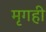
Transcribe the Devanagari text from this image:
मृगही